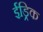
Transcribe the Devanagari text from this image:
ईड्रिक